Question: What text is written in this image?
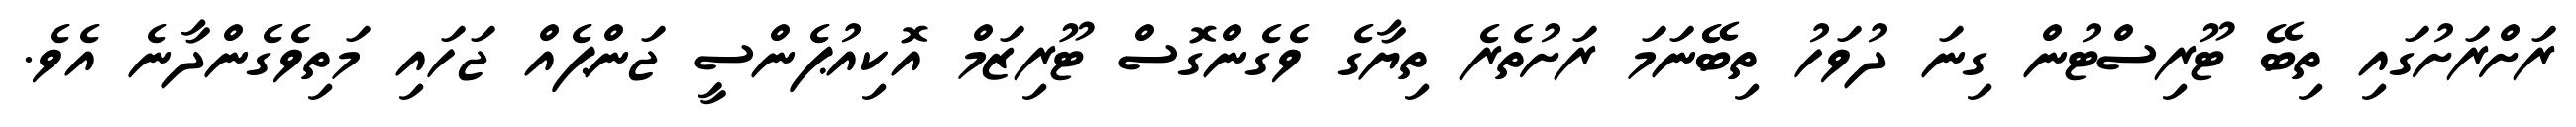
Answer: ރަށްރަށުގައި ތިބޭ ޓޫރިސްޓުން ގިނަ ދުވަހު ތިބޭނަމަ ރަށުތެރެ ތިޔާގެ ވެގެންގޮސް ޓޫރިޒަމް އޮކިއުޕެންސީ ޖަންޕެއް ޖަހައި މަތިވެގެންދާނެ އެވެ.